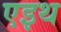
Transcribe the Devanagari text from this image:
एइथ